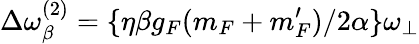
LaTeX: \Delta\omega_{\beta}^{(2)}=\{ \eta\beta g_{F}(m_{F}+m_{F}^{\prime})/2\alpha\} \omega_{\bot}